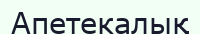
Апетекалық